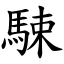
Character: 駷